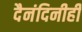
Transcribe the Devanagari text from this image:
दैनंदिनीही